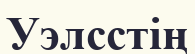
Уэлсстің